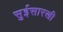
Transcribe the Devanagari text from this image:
सुईसारखी